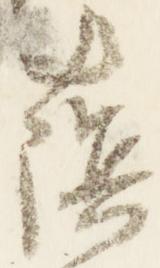
蔭